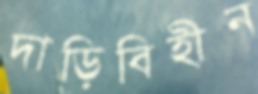
দাড়িবিহীন